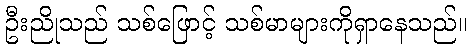
ဦးညိုသည် သစ်ဖြောင့် သစ်မာများကိုရှာနေသည်။